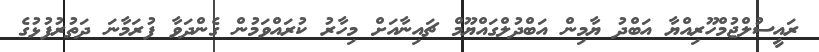
ރައީސުލްޖުމްހޫރިއްޔާ އަބްދު ޔާމިން އަބްދުލްގައްޔޫމް ޗައިނާއަށް މިހާރު ކުރައްވަމުން ގެންދަވާ ފުރަމާނަ ދަތުރުފުޅުގެ